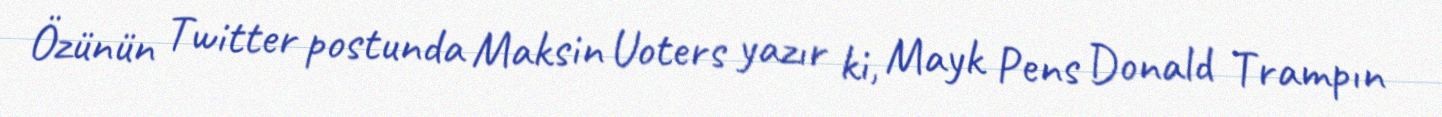
Özünün Twitter postunda Maksin Uoters yazır ki, Mayk Pens Donald Trampın